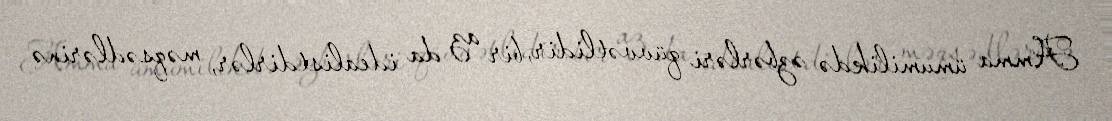
Amma ümumilikdə əzbərləri qüvvətlidir, bir az da idealistdirlər, məqsədlərinə